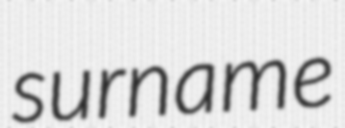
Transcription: surname